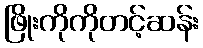
ဖြိုးကိုကိုတင့်ဆန်း